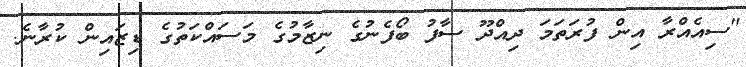
"ސިއެއްރާ އިން ފުރަތަމަ ދިއްދޫ ސާފު ބޯފެނުގެ ނިޒާމުގެ މަސައްކަތުގެ ޑިޒައިން ކުރާނެ.